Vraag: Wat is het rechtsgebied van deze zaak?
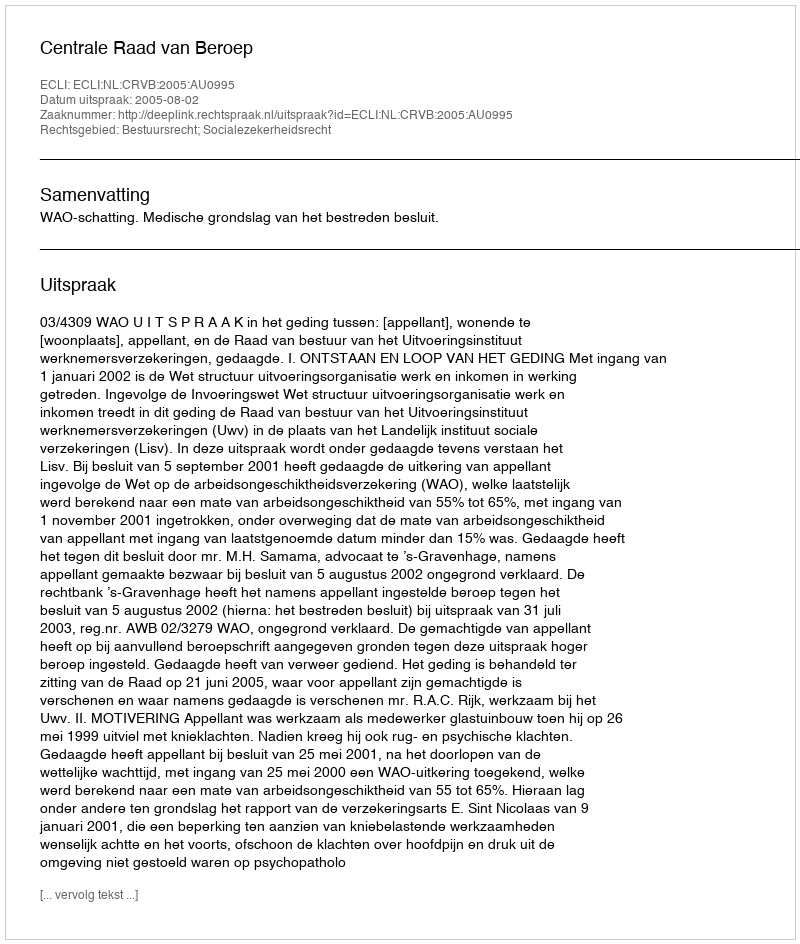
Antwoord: Bestuursrecht; Socialezekerheidsrecht